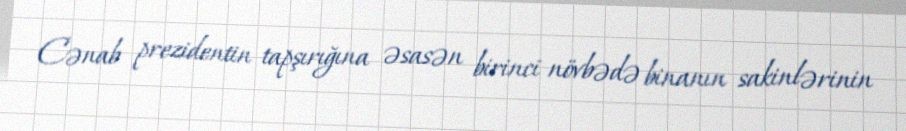
Cənab prezidentin tapşırığına əsasən birinci növbədə binanın sakinlərinin